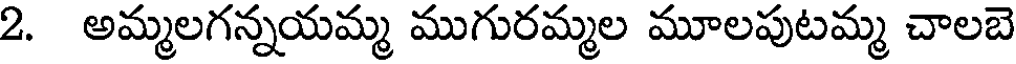
2. అమ్మలగన్నయమ్మ ముగురమ్మల మూలపుటమ్మ చాలబె